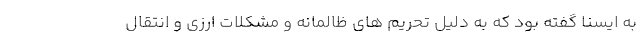
به ایسنا گفته بود که به دلیل تحریم های ظالمانه و مشکلات ارزی و انتقال